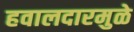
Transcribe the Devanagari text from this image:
हवालदारमुळे